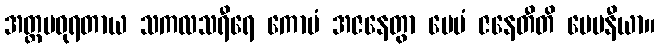
အတ္ထမဓုရတာယ သကလသရီရေ ကောပံ အဇနေတွာ ပေမံ ဇနေတီတိ ပေမနီယာ။